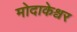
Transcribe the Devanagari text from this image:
मोदाकेश्वर